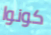
كونوا